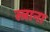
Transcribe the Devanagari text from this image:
स्त्राना